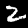
Digit: 2